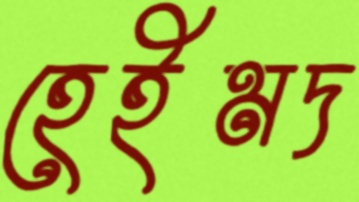
হেইমদ